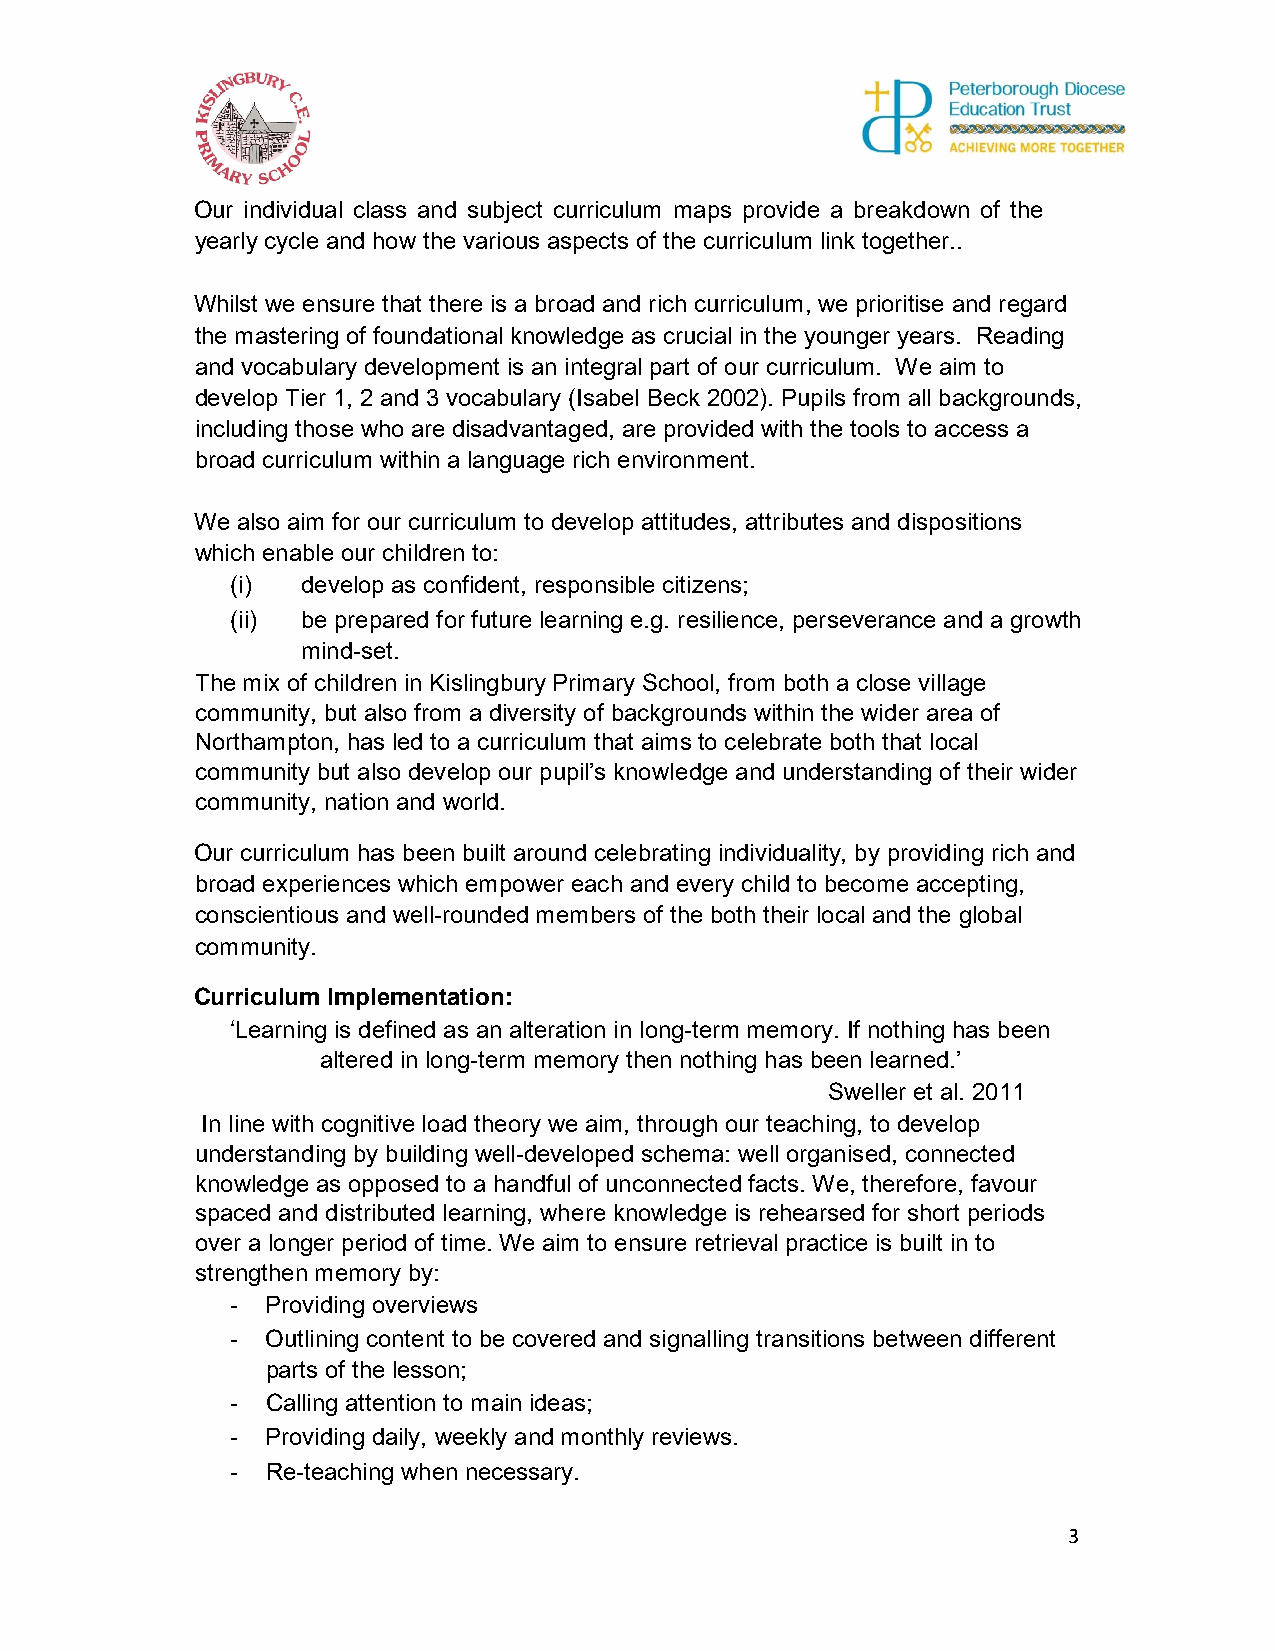
Our individual class and subject curriculum maps provide a breakdown of the
 yearly cycle and how the various aspects of the curriculum link together..
 Whilst we ensure that there is a broad and rich curriculum, we prioritise and regard
 the mastering of foundational knowledge as crucial in the younger years. Reading
 and vocabulary development is an integral part of our curriculum. We aim to
 develop Tier 1, 2 and 3 vocabulary (Isabel Beck 2002). Pupils from all backgrounds,
 including those who are disadvantaged, are provided with the tools to access a
 broad curriculum within a language rich environment.
 We also aim for our curriculum to develop attitudes, attributes and dispositions
 which enable our children to:
 (i)  develop as confident, responsible citizens;
 (ii) be prepared for future learning e.g. resilience, perseverance and a growth
 mind-set.
 The mix of children in Kislingbury Primary School, from both a close village
 community, but also from a diversity of backgrounds within the wider area of
 Northampton, has led to a curriculum that aims to celebrate both that local
 community but also develop our pupil’s knowledge and understanding of their wider
 community, nation and world.
 Our curriculum has been built around celebrating individuality, by providing rich and
 broad experiences which empower each and every child to become accepting,
 conscientious and well-rounded members of the both their local and the global
 community.
 Curriculum Implementation:
 ‘Learning is defined as an alteration in long-term memory. If nothing has been
 altered in long-term memory then nothing has been learned.’
 Sweller et al. 2011
 In line with cognitive load theory we aim, through our teaching, to develop
 understanding by building well-developed schema: well organised, connected
 knowledge as opposed to a handful of unconnected facts. We, therefore, favour
 spaced and distributed learning, where knowledge is rehearsed for short periods
 over a longer period of time. We aim to ensure retrieval practice is built in to
 strengthen memory by:
 -  Providing overviews
 -  Outlining content to be covered and signalling transitions between different
 parts of the lesson;
 -  Calling attention to main ideas;
 -  Providing daily, weekly and monthly reviews.
 -  Re-teaching when necessary.
 3